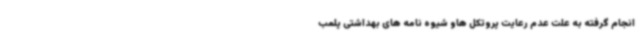
انجام گرفته به علت عدم رعایت پروتکل هاو شیوه نامه های بهداشتی پلمب